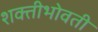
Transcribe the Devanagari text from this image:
शक्तीभोवती